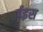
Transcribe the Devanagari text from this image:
ईइस